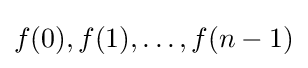
f(0),f(1),\dots ,f(n-1)